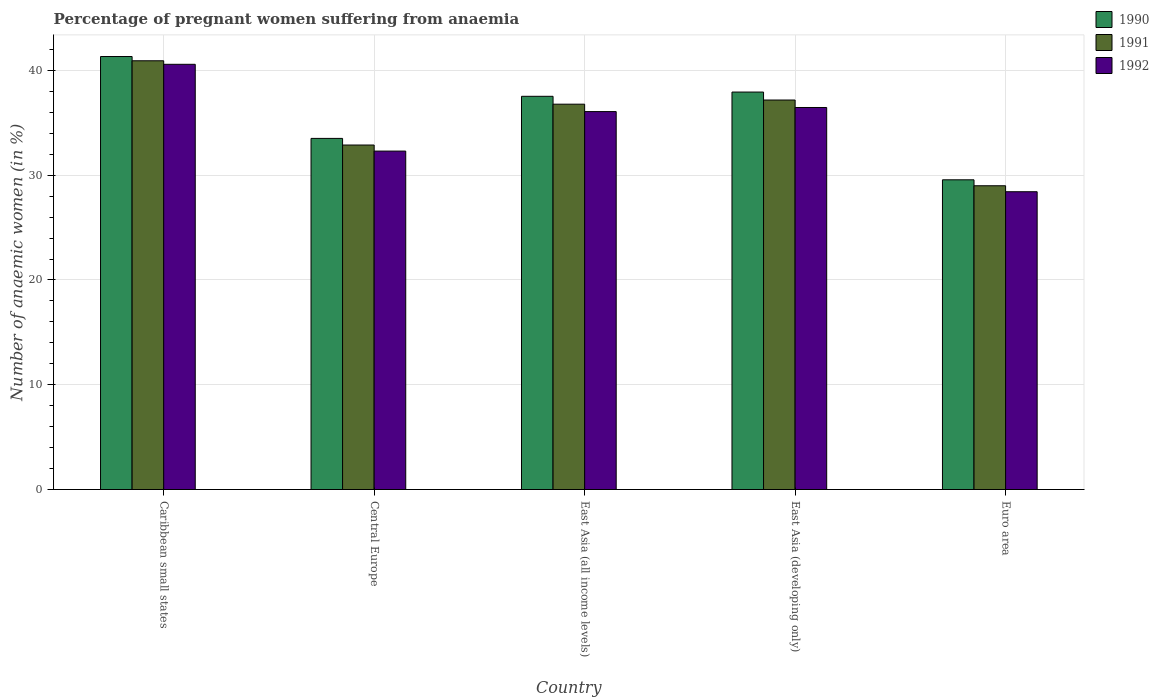
| Country | 1990 | 1991 | 1992 |
 | --- | --- | --- | --- |
 | Caribbean small states | 41.3 | 40.9 | 40.6 |
 | Central Europe | 33.5 | 32.9 | 32.3 |
 | East Asia (all income levels) | 37.5 | 36.8 | 36.1 |
 | East Asia (developing only) | 37.9 | 37.2 | 36.5 |
 | Euro area | 29.6 | 29 | 28.4 |